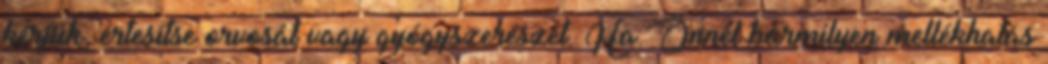
kérjük, értesítse orvosát vagy gyógyszerészét. Ha Önnél bármilyen mellékhatás